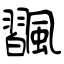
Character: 飁